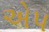
એપ